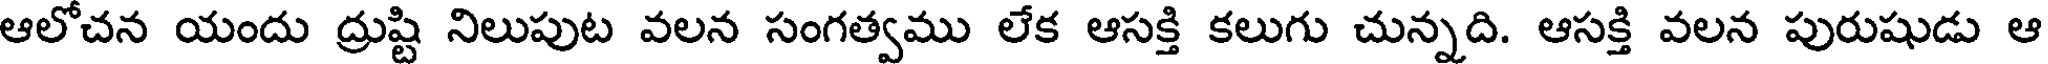
ఆలోచన యందు ద్రుష్టి నిలుపుట వలన సంగత్వము లేక ఆసక్తి కలుగు చున్నది. ఆసక్తి వలన పురుషుడు ఆ